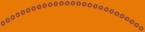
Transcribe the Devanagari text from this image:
०००००००००००००००००००००००००००